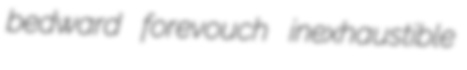
bedward forevouch inexhaustible